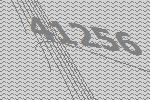
41256